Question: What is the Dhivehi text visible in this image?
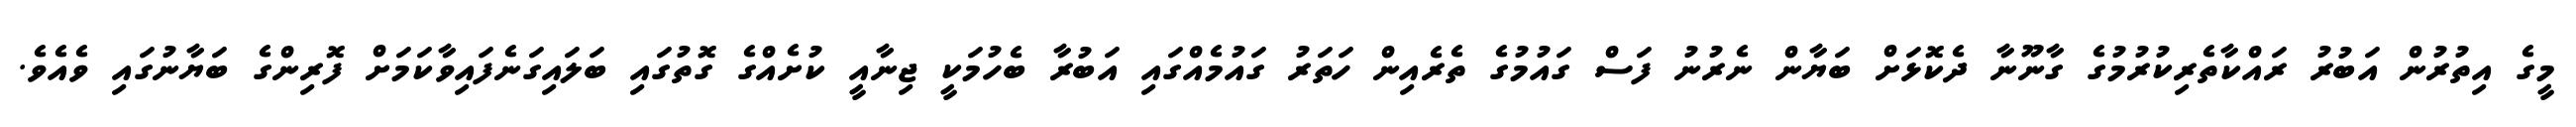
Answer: މީގެ އިތުރުން އަބުރު ރައްކާތެރިކުރުމުގެ ގާނޫނާ ދެކޮޅަށް ބަޔާން ނެރުނު ފަސް ގައުމުގެ ތެރެއިން ހަތަރު ގައުމެއްގައި އަބުރާ ބެހުމަކީ ޖިނާއީ ކުށެއްގެ ގޮތުގައި ބަލައިގަނެފައިވާކަމަށް ފޮރިންގެ ބަޔާނުގައި ވެއެވެ.